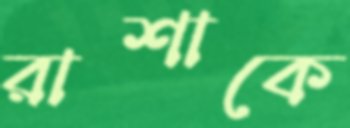
রাশাকে